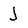
Character: j